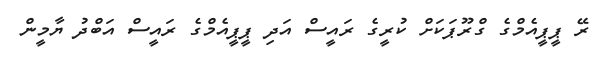
ރޭ ޕީޕީއެމްގެ ގްރޫޕަކަށް ކުރީގެ ރައީސް އަދި ޕީޕީއެމްގެ ރައީސް އަބްދު ޔާމީން